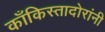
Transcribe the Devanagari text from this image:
काँकिस्तादोरांनी